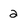
Character: 2